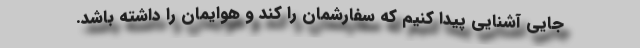
جایی آشنایی پیدا کنیم که سفارشمان را کند و هوایمان را داشته باشد.